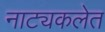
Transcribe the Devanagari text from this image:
नाट्यकलेत